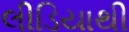
લીડિયાથી